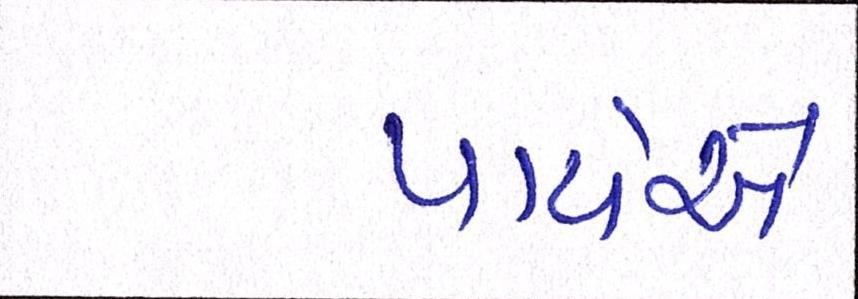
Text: પાયેએ